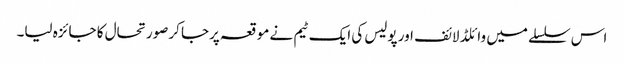
اس سلسلے میں وائلڈ لائف اور پولیس کی ایک ٹیم نے موقعہ پرجا کرصورتحال کا جائزہ لیا۔